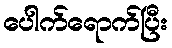
ပေါက်ရောက်ပြီး